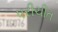
પરીચીત